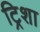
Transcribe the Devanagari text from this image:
ट्रिशा